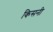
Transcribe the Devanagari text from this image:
किसनी